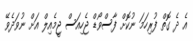
އެ ދެ ގޮތް ފުރިހަމަ ނުކޮށް ފާސްވޯޑް ޖެހިއަސް ޖީމެއިލް އަށް ނުވަދެވޭ